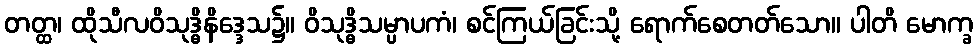
တတ္ထ၊ ထိုသီလဝိသုဒ္ဓိနိဒ္ဒေသ၌။ ဝိသုဒ္ဓိသမ္ပာပကံ၊ စင်ကြယ်ခြင်းသို့ ရောက်စေတတ်သော။ ပါတိ မောက္ခ